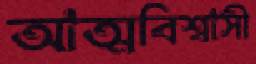
আত্মবিশ্বাসী